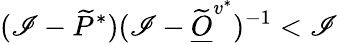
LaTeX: (\mathscr{I}-\widetilde{P}^{*})(\mathscr{I}-\widetilde{{\underline{{O}}}}^{v^{*}})^{-1}<\mathscr{I}